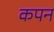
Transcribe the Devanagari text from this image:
कपन